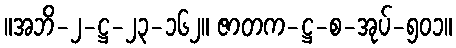
။အဘိ-၂-ဋ္ဌ-၂၃-၁၆၂။ ဇာတက-ဋ္ဌ-စ-အုပ်-၅၀၁။